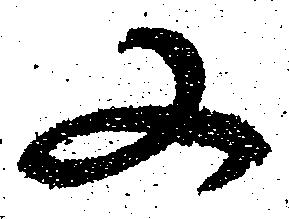
又